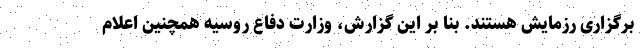
برگزاری رزمایش هستند. بنا بر این گزارش، وزارت دفاع روسیه همچنین اعلام